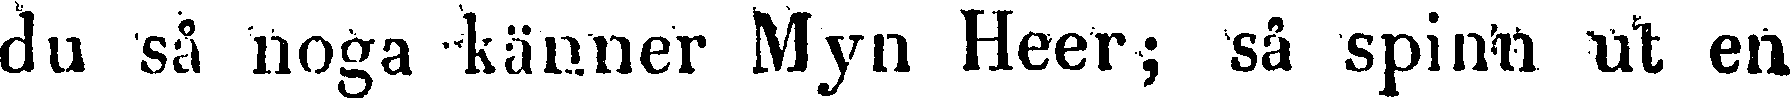
du så noga känner Myn Heer; så spinn ut en